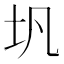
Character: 𪢵